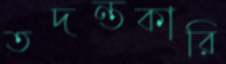
তদন্তকারি